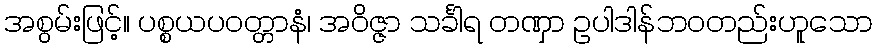
အစွမ်းဖြင့်။ ပစ္စယပဝတ္တာနံ၊ အဝိဇ္ဇာ သင်္ခါရ တဏှာ ဥပါဒါန်ဘဝတည်းဟူသော